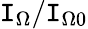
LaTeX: \mathtt{I}_{\Omega}/\mathtt{I}_{\Omega0}